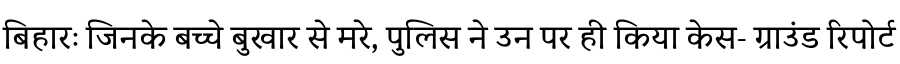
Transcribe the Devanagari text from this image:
बिहारः जिनके बच्चे बुखार से मरे, पुलिस ने उन पर ही किया केस- ग्राउंड रिपोर्ट